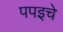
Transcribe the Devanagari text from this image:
पपइचे